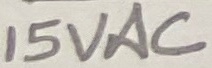
Text: 15VAC